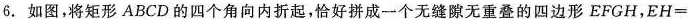
6.如图，将矩形ABCD的四个角向内折起，恰好拼成一个无缝隙无重叠的四边形EFGH，$$EH=